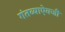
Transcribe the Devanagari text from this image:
गंतव्याऐवजी